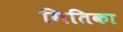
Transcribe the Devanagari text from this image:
गितिका